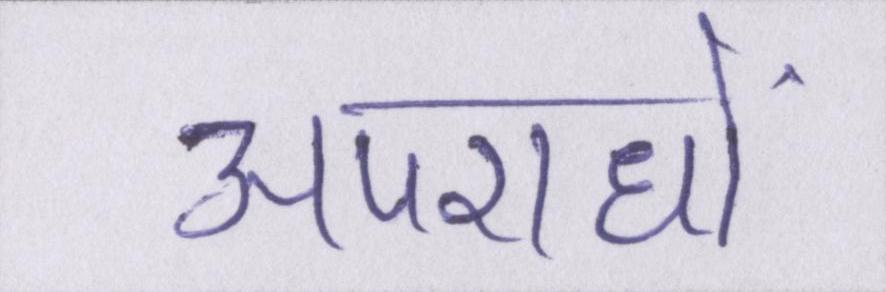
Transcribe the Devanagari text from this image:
अपराधों